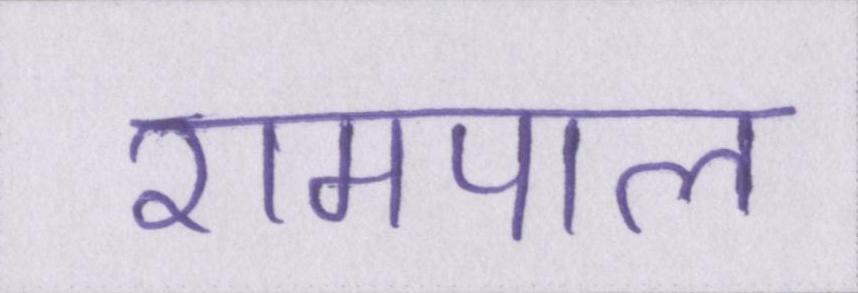
रामपाल